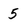
Character: 5